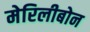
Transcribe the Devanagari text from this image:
मेरिलीबोन